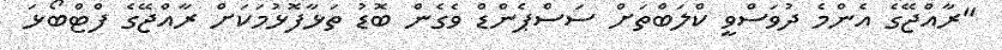
"ރާއްޖޭގެ އެންމެ ދުވަސްވީ ކްލަބްތަށް ސަސްޕެންޑް ވެގެން ބޮޑު ތަޅާފޮޅުމަކަށް ރާއްޖޭގެ ފްޓްބޯޅަ